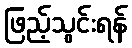
ဖြည့်သွင်းရန်